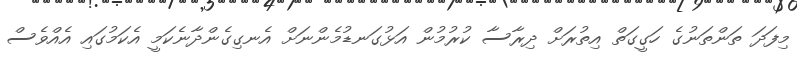
މިފަދަ ތަންތަނުގެ ހަގީގަތް އިތުރަށް ދިރާސާ ކުރުމުން އަޅުގަނޑުމެންނަށް އެނގިގެންދާނެކަމީ އެކަމުގައި އެއްވެސް